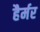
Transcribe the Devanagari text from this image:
हैर्मर